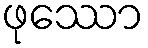
ဖုဿော